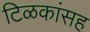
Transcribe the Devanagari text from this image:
टिळकांसह